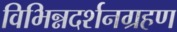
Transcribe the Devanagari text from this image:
विभिन्नदर्शनग्रहण